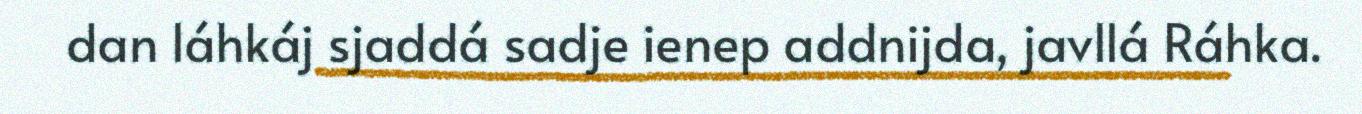
dan láhkáj sjaddá sadje ienep addnijda, javllá Ráhka.